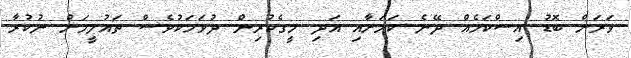
ވަރަށް ބޮޑު އިސްކަމެއް ދޭނެ ކަމަށާއި އަދި މީގެކުރިން ދުވަހަކުވެސް ތައުލީމަށް ނުކުރާ